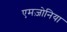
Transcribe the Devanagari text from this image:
एमज़ोनिया